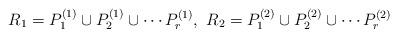
LaTeX: \begin{align*} R_1 = P^{(1)}_1 \cup P^{(1)}_2 \cup \cdots P^{(1)}_r, \ R_2 = P^{(2)}_1 \cup P^{(2)}_2 \cup \cdots P^{(2)}_r \end{align*}